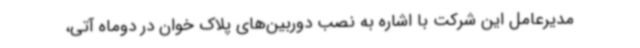
مدیرعامل این شرکت با اشاره به نصب دوربین‌های پلاک خوان در دوماه آتی،